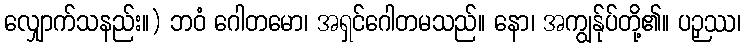
လျှောက်သနည်း။) ဘဝံ ဂေါတမော၊ အရှင်ဂေါတမသည်။ နော၊ အကျွန်ုပ်တို့၏။ ပဉှဿ၊